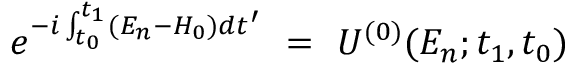
e ^ { - i \int _ { t _ { 0 } } ^ { t _ { 1 } } ( E _ { n } - H _ { 0 } ) d t ^ { \prime } } ~ = ~ U ^ { ( 0 ) } ( E _ { n } ; t _ { 1 } , t _ { 0 } )